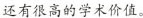
还有很高的学术价值。